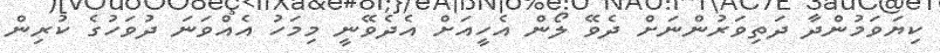
ކިޔަވަމުންދާ ދަތިވަރުންނަށް ދެވޭ ލޯން އެހީއަށް އެދެވޭނީ މިމަހު އެއްވަނަ ދުވަހުގެ ކުރިން